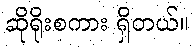
ဆိုရိုးစကား ရှိတယ်။